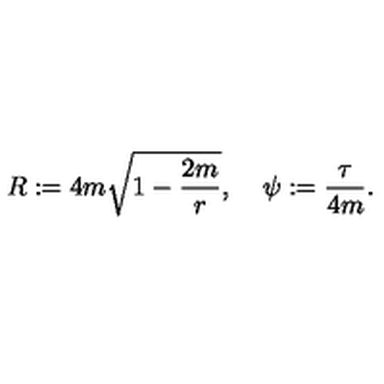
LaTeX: R : = 4 m \sqrt { 1 - { \frac { 2 m } { r } } } , \: \: \: \: \: \psi : = { \frac { \tau } { 4 m } } .